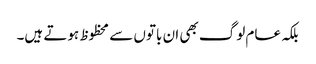
بلکہ عام لوگ بھی ان باتوں سے محظوظ ہوتے ہیں۔